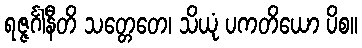
ရဇ္ဇင်္ဂါနီတိ သတ္တေတေ၊ သိယုံ ပကတိယော ပိစ။